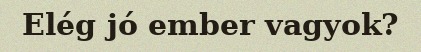
Elég jó ember vagyok?